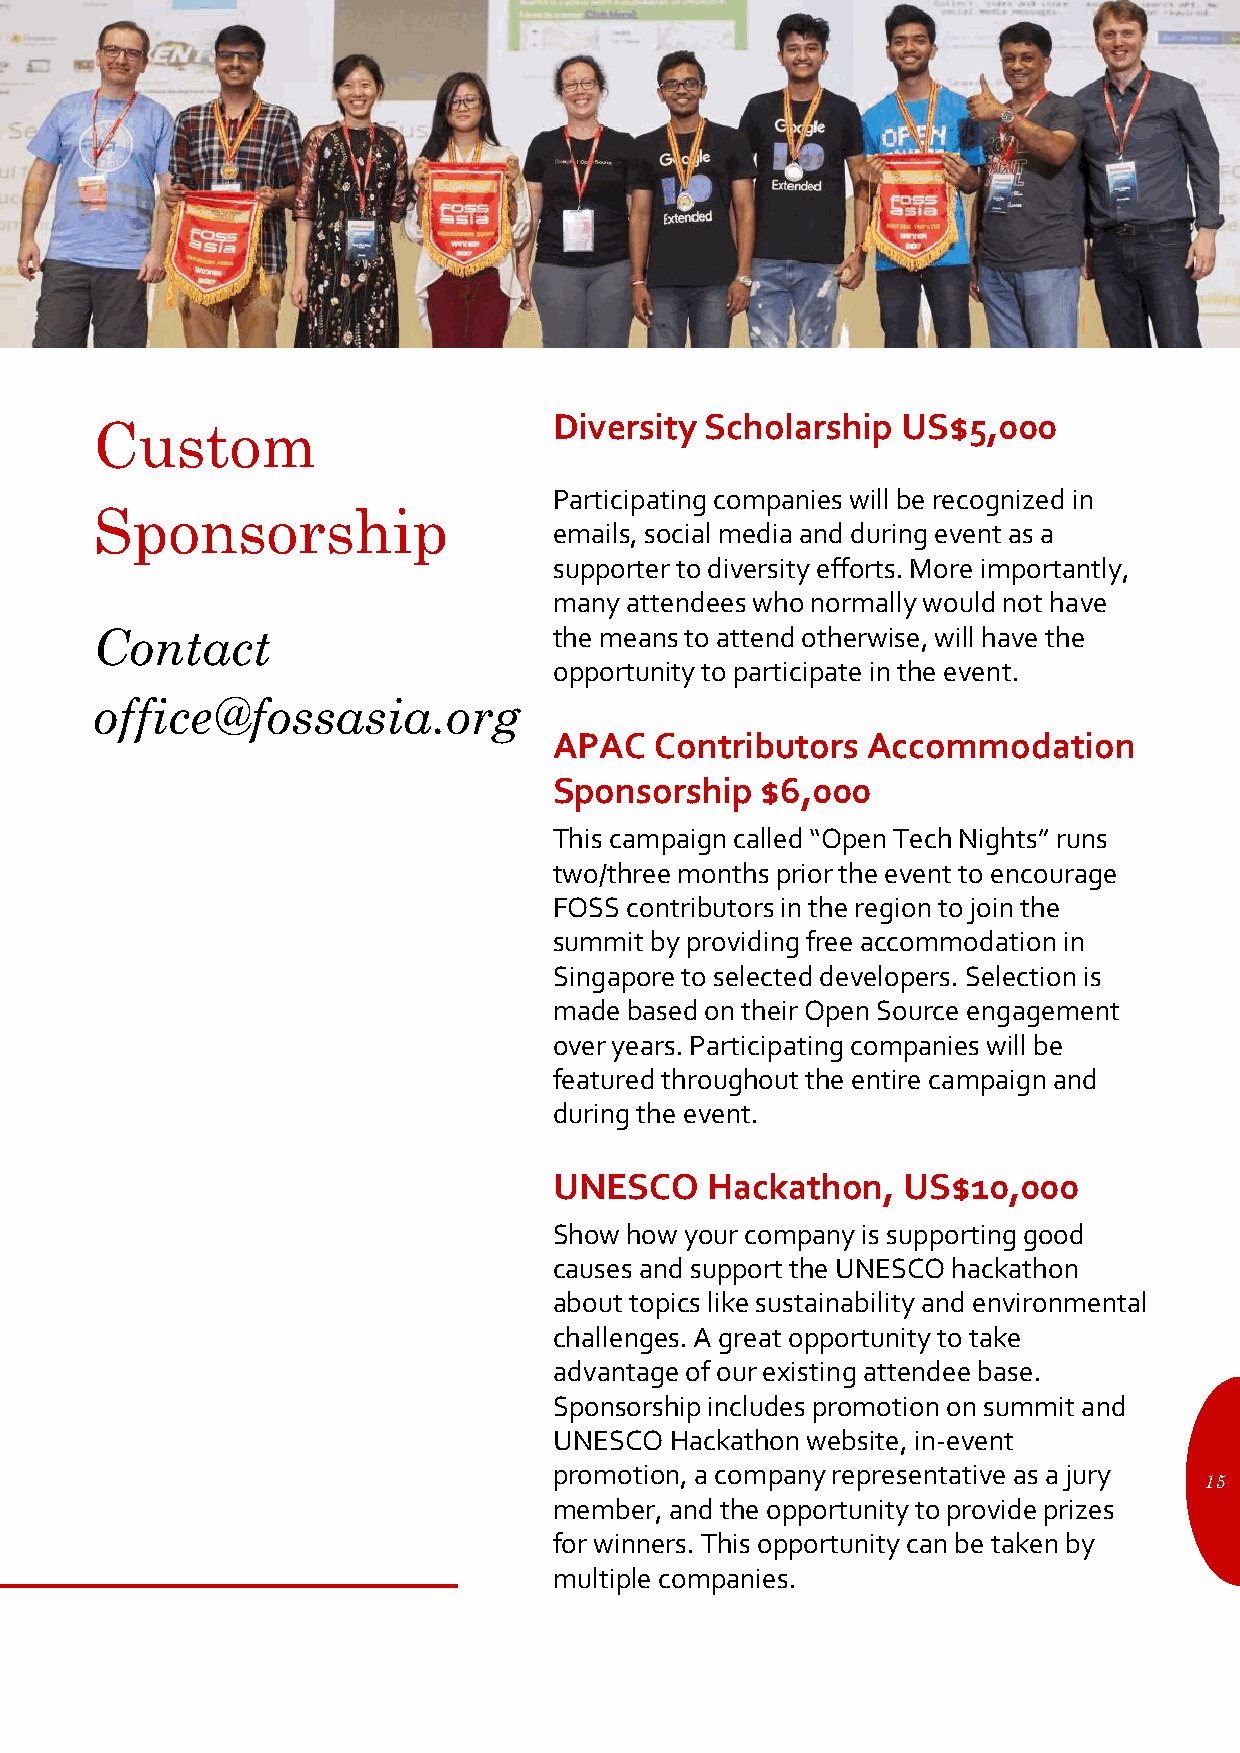
Custom                         Diversity Scholarship  US$5,000
 Participating companies will be recognized in
 Sponsorship
 emails, social media and during event as a
 supporter to diversity efforts. More importantly,
 many attendees who normally would not have
 Contact                        the means to attend otherwise, will have the
 opportunity to participate in the event.
 office@fossasia.org
 APAC  Contributors  Accommodation
 Sponsorship  $6,000
 This campaign called “Open Tech Nights” runs
 two/three months prior the event to encourage
 FOSS contributors in the region to join the
 summit by providing free accommodation in
 Singapore to selected developers. Selection is
 made based on their Open Source engagement
 over years. Participating companies will be
 featured throughout the entire campaign and
 during the event.
 UNESCO    Hackathon,   US$10,000
 Show how your company is supporting good
 causes and support the UNESCO hackathon
 about topics like sustainability and environmental
 challenges. A great opportunity to take
 advantage of our existing attendee base.
 Sponsorship includes promotion on summit and
 UNESCO Hackathon website, in-event
 promotion, a company representative as a jury
 15
 member, and the opportunity to provide prizes
 for winners. This opportunity can be taken by
 multiple companies.